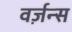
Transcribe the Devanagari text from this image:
वर्ज़न्स